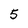
Character: 5